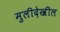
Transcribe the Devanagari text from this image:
मुलीदेखील